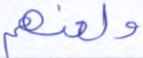
ولعنهم